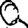
Digit: 0